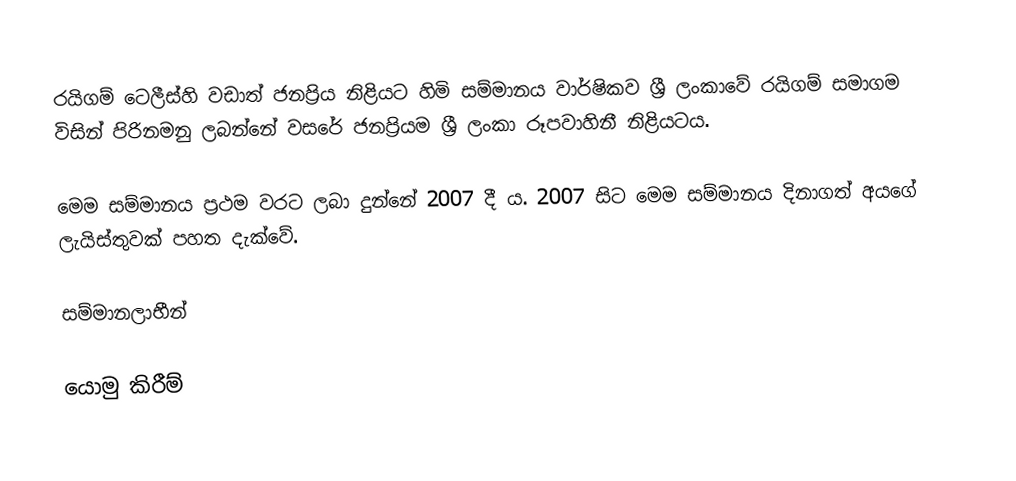
රයිගම් ටෙලීස්හි වඩාත් ජනප්‍රිය නිළියට හිමි සම්මානය වාර්ෂිකව ශ්‍රී ලංකාවේ රයිගම් සමාගම විසින් පිරිනමනු ලබන්නේ වසරේ ජනප්‍රියම ශ්‍රී ලංකා රූපවාහිනී නිළියටය.

මෙම සම්මානය ප්‍රථම වරට ලබා දුන්නේ 2007 දී ය. 2007 සිට මෙම සම්මානය දිනාගත් අයගේ ලැයිස්තුවක් පහත දැක්වේ.

සම්මානලාභීන්

යොමු කිරීම්